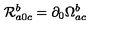
{ \cal R } _ { a 0 c } ^ { b } = \partial _ { 0 } \Omega _ { a c } ^ { b }